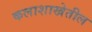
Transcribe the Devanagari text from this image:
कलाशाखेतील